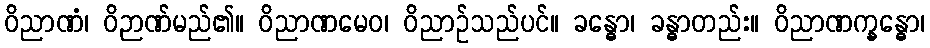
ဝိညာဏံ၊ ဝိဉာဏ်မည်၏။ ဝိညာဏမေဝ၊ ဝိညာဉ်သည်ပင်။ ခန္ဓော၊ ခန္ဓာတည်း။ ဝိညာဏက္ခန္ဓော၊